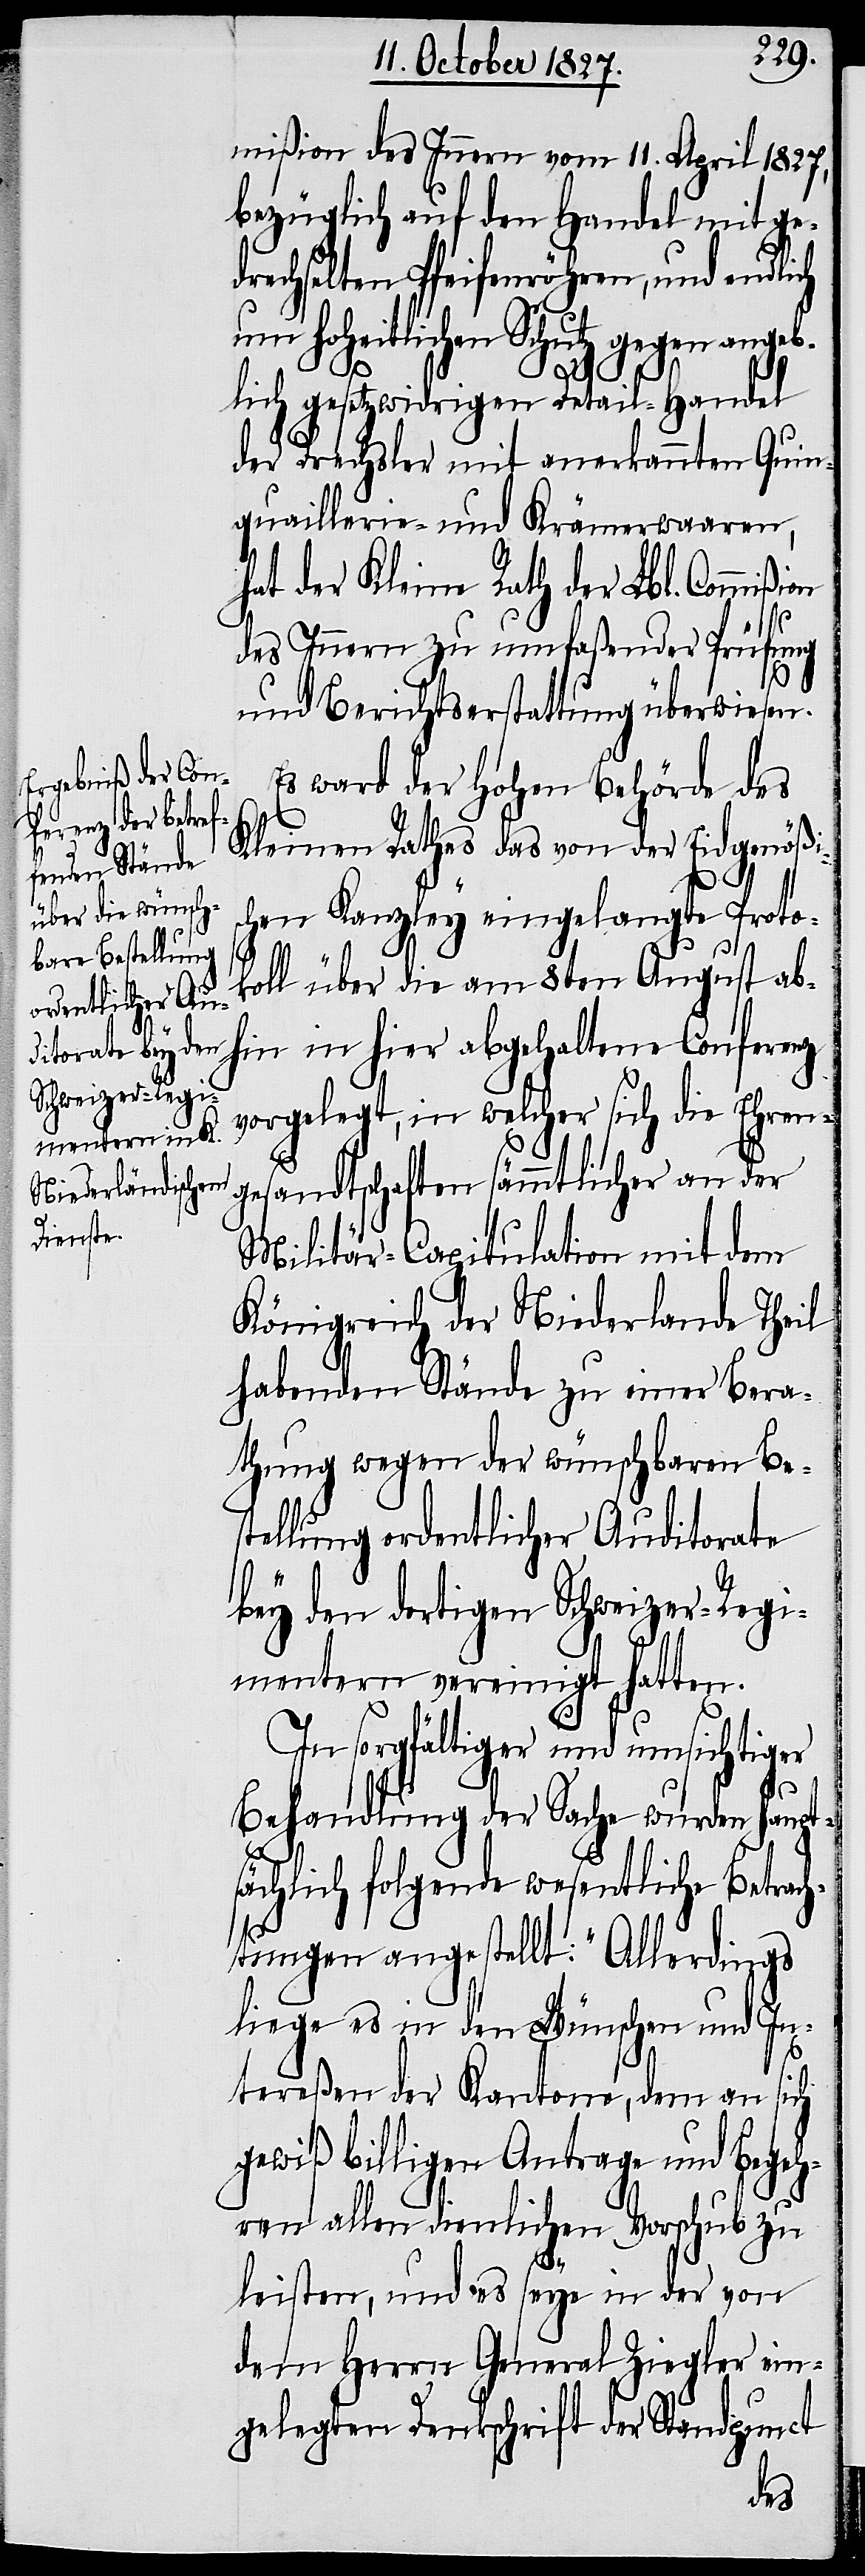
mißion des Innern vom 11. April 1827,
bezüglich auf den Handel mit ge¬
drechselten Pfeifenröhren, und endlich
um hoheitlichen Schutz gegen angeb¬
lich gesetzwidrigen Detail-Handel
der Drechsler mit anerkannten Quin¬
quaillerie- und Krämerwaaren,
hat der Kleine Rath der Lbl. Commißion
des Innern zu umfaßender Prüfung
und Berichtserstattung überwiesen.
Es war der Hohen Behörde des
Kleinen Rathes das von der Eidgenößis¬
chen Kanzley eingelangte Proto¬
koll über die am 8ten August ab¬
hin in hier abgehaltene Conferenz
vorgelegt, in welcher sich die Ehren¬
gesandten sämmtlicher an der
Militär-Capitulation mit dem
Königreich der Niederlande Theil
habenden Stände zu einer Bera¬
thung wegen der wünschbaren Be¬
stellung ordentlicher Auditoriate
bey den dortigen Schweizer-Regi¬
mentern vereinigt hatten.
In sorgfältiger und umsichtiger
Behandlung der Sache wurden haupt¬
sächlich folgende wesentliche Betrac¬
htungen angestellt: „Allerdings
liege es in den Wünschen und In¬
tereßen der Kantone, dem an sich
gewiß billigen Antrage und Begeh¬
ren allen dienlichen Vorschub zu
leisten, und es seye in der von
dem Herrn General Ziegler ein¬
gelegten Denkschrift der Standpunct